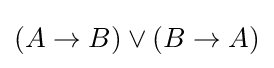
(A\rightarrow B)\lor (B\rightarrow A)